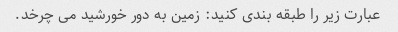
عبارت زیر را طبقه بندی کنید: زمین به دور خورشید می چرخد.